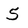
Character: 5